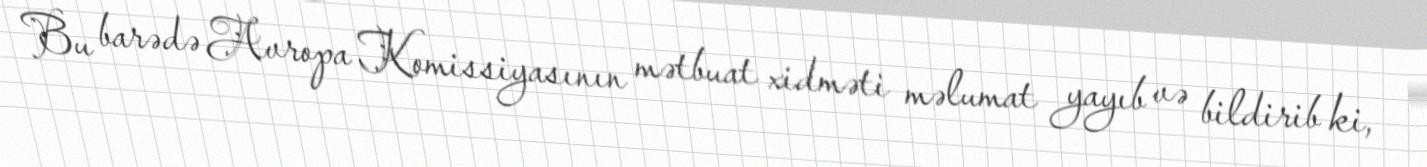
Bu barədə Avropa Komissiyasının mətbuat xidməti məlumat yayıb və bildirib ki,